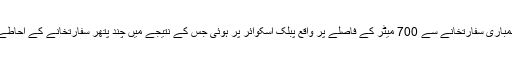
بقول عینی شاہدین، بمباری سفارتخانے سے 700 میٹر کے فاصلے پر واقع پبلک اسکوائر پر ہوئی جس کے نتیجے میں چند پتھر سفارتخانے کے احاطے میں جاگرے تھے۔